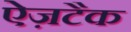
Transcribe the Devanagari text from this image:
ऐज़टैक